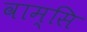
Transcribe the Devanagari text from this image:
वाम्सि